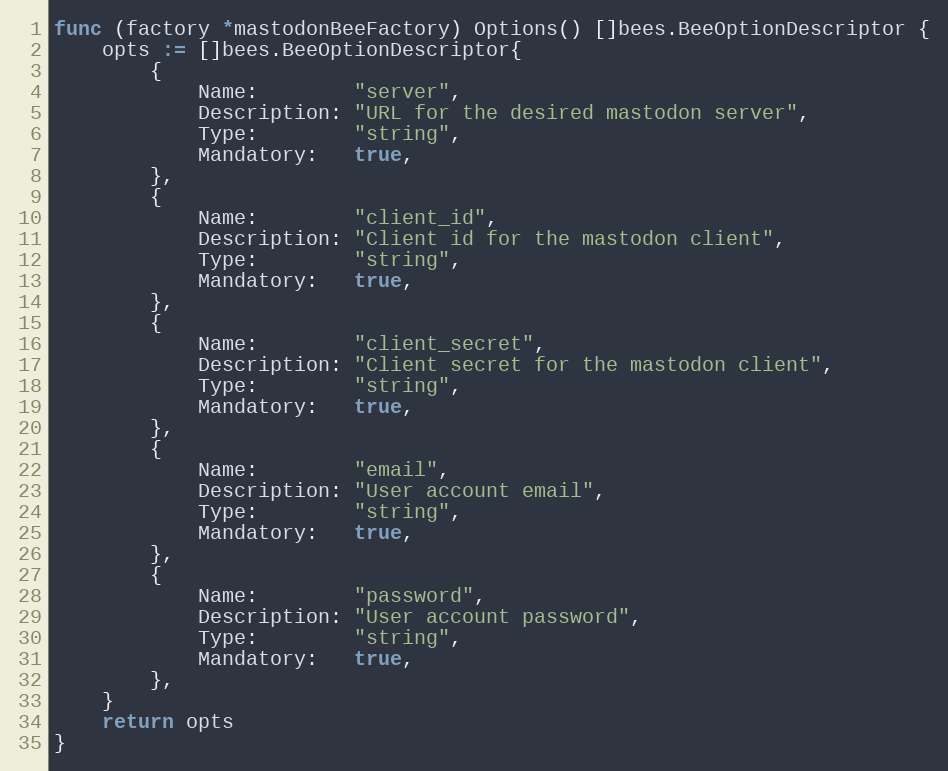
Language: Go
func (factory *mastodonBeeFactory) Options() []bees.BeeOptionDescriptor {
	opts := []bees.BeeOptionDescriptor{
		{
			Name:        "server",
			Description: "URL for the desired mastodon server",
			Type:        "string",
			Mandatory:   true,
		},
		{
			Name:        "client_id",
			Description: "Client id for the mastodon client",
			Type:        "string",
			Mandatory:   true,
		},
		{
			Name:        "client_secret",
			Description: "Client secret for the mastodon client",
			Type:        "string",
			Mandatory:   true,
		},
		{
			Name:        "email",
			Description: "User account email",
			Type:        "string",
			Mandatory:   true,
		},
		{
			Name:        "password",
			Description: "User account password",
			Type:        "string",
			Mandatory:   true,
		},
	}
	return opts
}